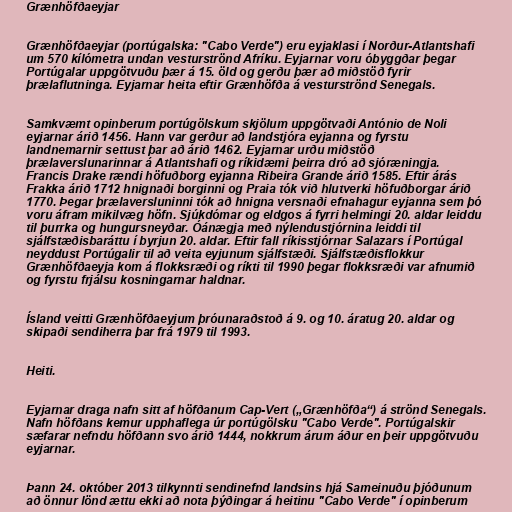
Grænhöfðaeyjar

Grænhöfðaeyjar (portúgalska: "Cabo Verde") eru eyjaklasi í Norður-Atlantshafi
um 570 kílómetra undan vesturströnd Afríku. Eyjarnar voru óbyggðar þegar
Portúgalar uppgötvuðu þær á 15. öld og gerðu þær að miðstöð fyrir
þrælaflutninga. Eyjarnar heita eftir Grænhöfða á vesturströnd Senegals.

Samkvæmt opinberum portúgölskum skjölum uppgötvaði António de Noli
eyjarnar árið 1456. Hann var gerður að landstjóra eyjanna og fyrstu
landnemarnir settust þar að árið 1462. Eyjarnar urðu miðstöð
þrælaverslunarinnar á Atlantshafi og ríkidæmi þeirra dró að sjóræningja.
Francis Drake rændi höfuðborg eyjanna Ribeira Grande árið 1585. Eftir árás
Frakka árið 1712 hnignaði borginni og Praia tók við hlutverki höfuðborgar árið
1770. Þegar þrælaversluninni tók að hnigna versnaði efnahagur eyjanna sem þó
voru áfram mikilvæg höfn. Sjúkdómar og eldgos á fyrri helmingi 20. aldar leiddu
til þurrka og hungursneyðar. Óánægja með nýlendustjórnina leiddi til
sjálfstæðisbaráttu í byrjun 20. aldar. Eftir fall ríkisstjórnar Salazars í Portúgal
neyddust Portúgalir til að veita eyjunum sjálfstæði. Sjálfstæðisflokkur
Grænhöfðaeyja kom á flokksræði og ríkti til 1990 þegar flokksræði var afnumið
og fyrstu frjálsu kosningarnar haldnar.

Ísland veitti Grænhöfðaeyjum þróunaraðstoð á 9. og 10. áratug 20. aldar og
skipaði sendiherra þar frá 1979 til 1993.

Heiti.

Eyjarnar draga nafn sitt af höfðanum Cap-Vert („Grænhöfða“) á strönd Senegals.
Nafn höfðans kemur upphaflega úr portúgölsku "Cabo Verde". Portúgalskir
sæfarar nefndu höfðann svo árið 1444, nokkrum árum áður en þeir uppgötvuðu
eyjarnar.

Þann 24. október 2013 tilkynnti sendinefnd landsins hjá Sameinuðu þjóðunum
að önnur lönd ættu ekki að nota þýðingar á heitinu "Cabo Verde" í opinberum